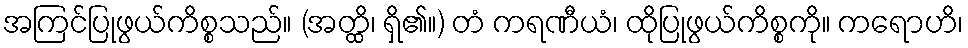
အကြင်ပြုဖွယ်ကိစ္စသည်။ (အတ္ထိ၊ ရှိ၏။) တံ ကရဏီယံ၊ ထိုပြုဖွယ်ကိစ္စကို။ ကရောဟိ၊